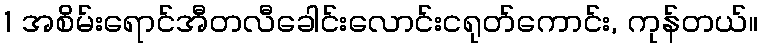
1 အစိမ်းရောင်အီတလီခေါင်းလောင်းငရုတ်ကောင်း, ကုန်တယ်။